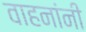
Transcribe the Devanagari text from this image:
वाहनांनी